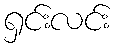
ရှင်းလင်း